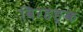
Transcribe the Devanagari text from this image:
विरहङ्क